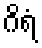
ဂိရံ